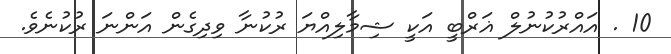
10 . އައްރުކުނުލް ޣަރްބީ އަކީ ޝިމާލިއްޔަ ރުކުނާ ވިދިގެން އަންނަ ރުކުނެވެ.